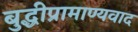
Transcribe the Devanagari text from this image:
बुद्धीप्रामाण्यवाद